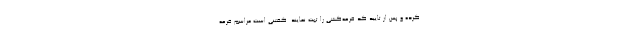
کرده و پس از تایید کد قرعه‌کشی را ثبت نمایند. گفتنی است مراسم قرعه